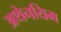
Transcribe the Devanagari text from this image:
अथेनयिम